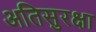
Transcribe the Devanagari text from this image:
अतिसुरक्षा